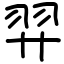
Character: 羿